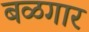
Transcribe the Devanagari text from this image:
बळगार